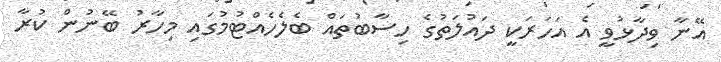
އޭނާ ވިދާޅުވީ އެ އަހަރަކީ ދައުލަތުގެ ހިސާބުތައް ބެލެހެއްޓުމުގައި މިހާރު ބޭނުން ކުރާ